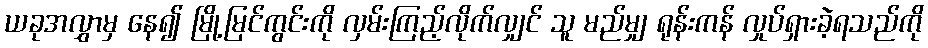
ယခုအလွှာမှ နေ၍ မြို့မြင်ကွင်းကို လှမ်းကြည့်လိုက်လျှင် သူ မည်မျှ ရုန်းကန် လှုပ်ရှားခဲ့ရသည်ကို